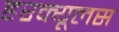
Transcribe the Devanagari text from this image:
हरक्‍यूलस